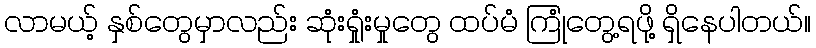
လာမယ့် နှစ်တွေမှာလည်း ဆုံးရှုံးမှုတွေ ထပ်မံ ကြုံတွေ့ရဖို့ ရှိနေပါတယ်။